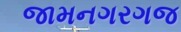
જામનગરગજ